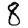
Digit: 8